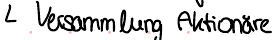
Versammlung Aktionäre